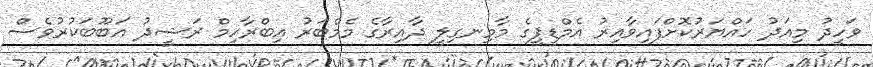
ވަހީދު މިއަދު ހައްޔަރުކޮށްފައިވާއިރު އެމްޑީޕީގެ މާމިނގިލީ ދާއިރާގެ މެމްބަރު އިބްރާހިމް ރަޝީދު އަބޫބަކުރުވެސް